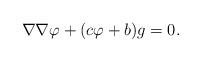
LaTeX: \begin{align*} \nabla\nabla\varphi+(c\varphi+b)g=0.\end{align*}